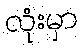
လုံးမှာ